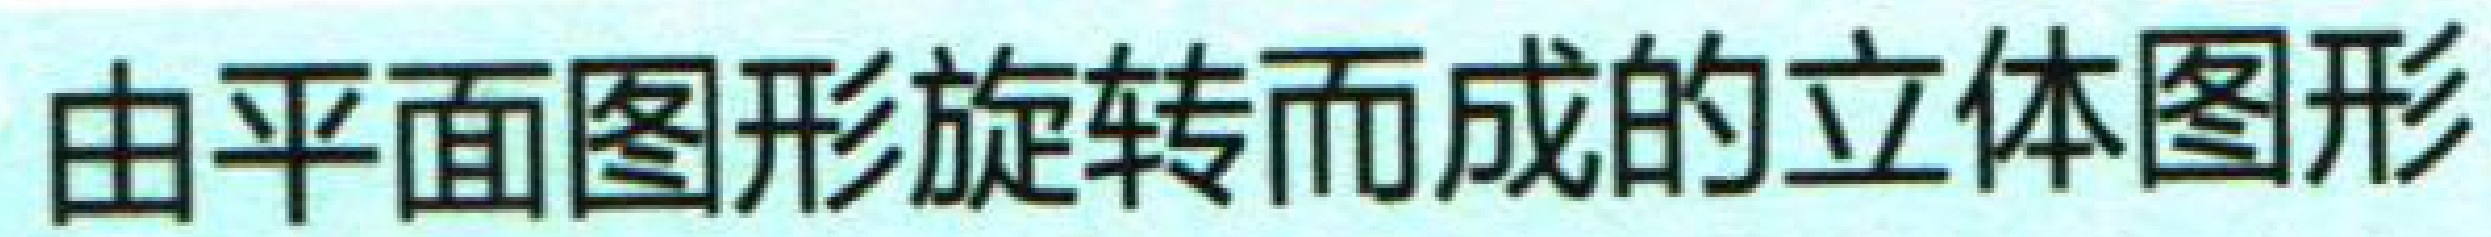
由平面图形旋转而成的立体图形